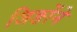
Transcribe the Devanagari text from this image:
जिङोंने